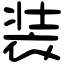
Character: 装